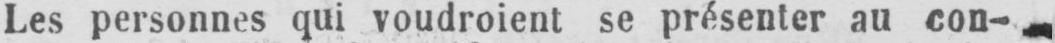
Les personnes qui voudroient se présenter au con-